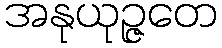
အနုယုဉ္ဇတေ